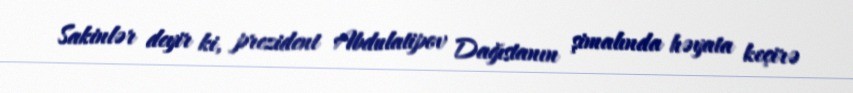
Sakinlər deyir ki, prezident Abdulatipov Dağıstanın şimalında həyata keçirə